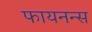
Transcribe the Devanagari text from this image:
फायनन्स